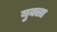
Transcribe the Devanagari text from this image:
युक्ला